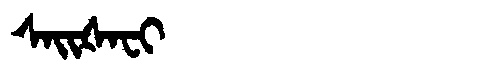
Manchu: ᠰᠠᡳᡧᠠᠸᡳ
Romanization: SAIŠAFI